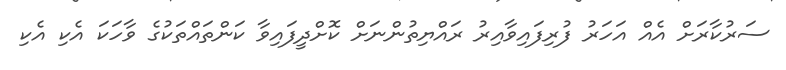
ސަރުކާރަށް އެއް އަހަރު ފުރިފައިވާއިރު ރައްޔިތުންނަށް ކޮށްދީފައިވާ ކަންތައްތަކުގެ ވާހަކަ އެކި އެކި